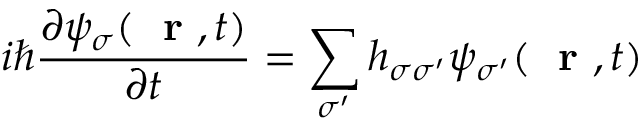
i \hbar \frac { \partial \psi _ { \sigma } ( \mathrm { ~ \bf ~ r ~ } , t ) } { \partial t } = \sum _ { \sigma ^ { \prime } } h _ { \sigma \sigma ^ { \prime } } \psi _ { \sigma ^ { \prime } } ( \mathrm { ~ \bf ~ r ~ } , t )